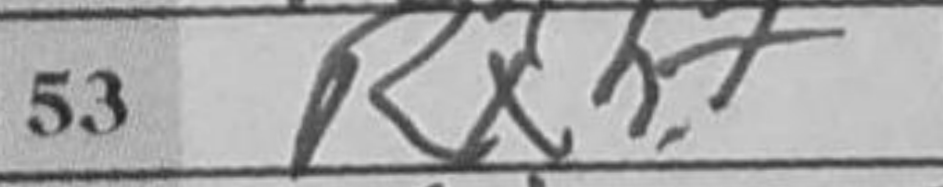
Transcription: Rxh7